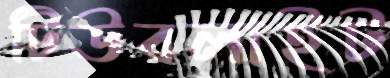
টিউবলাইট